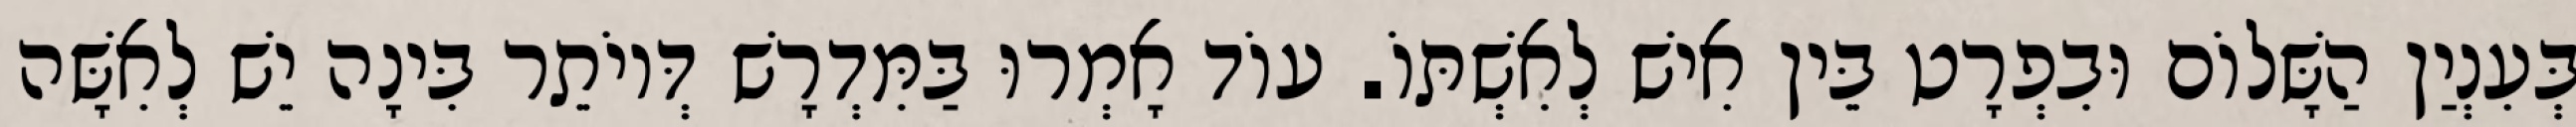
בְּעִנְיַן הַשָּׁלוֹם וּבִפְרָט בֵּין אִישׁ לְאִשְׁתּוֹ. עוֹד אָמְרוּ בַּמִּדְרָשׁ דְּיוֹתֵר בִּינָה יֵשׁ לְאִשָּׁה